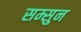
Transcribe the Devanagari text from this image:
सम्सुन